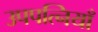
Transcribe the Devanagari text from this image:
उपपत्नियाँ